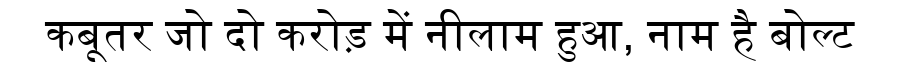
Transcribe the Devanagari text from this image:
कबूतर जो दो करोड़ में नीलाम हुआ, नाम है बोल्ट